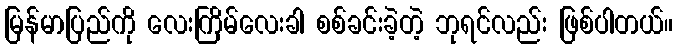
မြန်မာပြည်ကို လေးကြိမ်လေးခါ စစ်ခင်းခဲ့တဲ့ ဘုရင်လည်း ဖြစ်ပါတယ်။